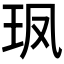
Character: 𮴇